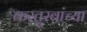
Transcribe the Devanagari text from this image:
कस्तुरबांच्या